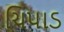
ચિપાડ